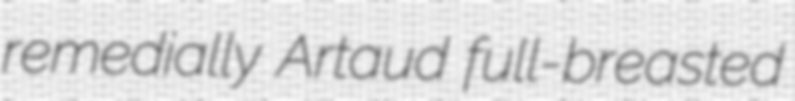
remedially Artaud full-breasted